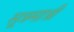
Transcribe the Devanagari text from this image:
सूत्रमात्री